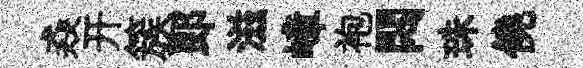
猋开簇郞滋嶂袍悶珠僥